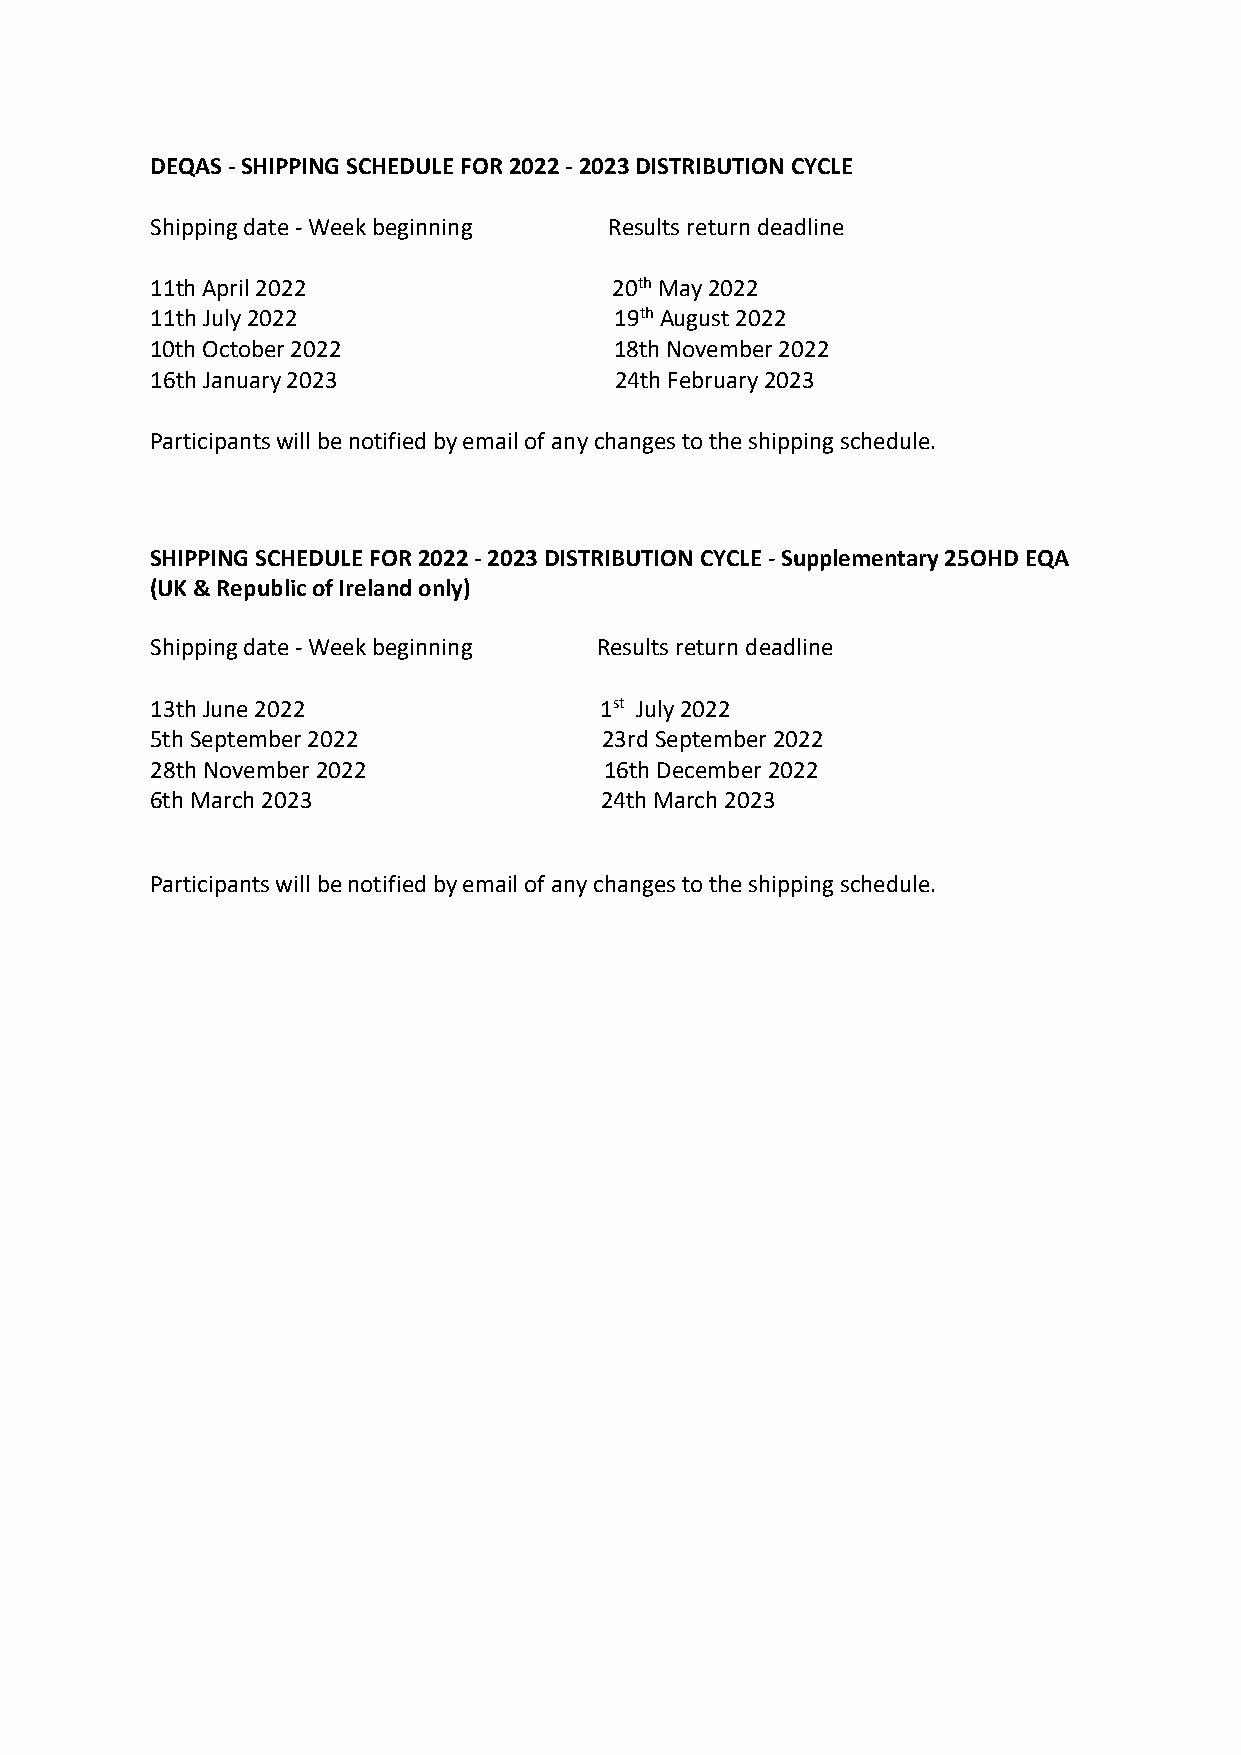
DEQAS - SHIPPING SCHEDULE FOR 2022 - 2023 DISTRIBUTION CYCLE
 Shipping date - Week beginning Results return deadline
 11th April 2022                20th May 2022
 11th July 2022                 19th August 2022
 10th October 2022              18th November 2022
 16th January 2023              24th February 2023
 Participants will be notified by email of any changes to the shipping schedule.
 SHIPPING SCHEDULE FOR 2022 - 2023 DISTRIBUTION CYCLE - Supplementary 25OHD EQA
 (UK & Republic of Ireland only)
 Shipping date - Week beginning Results return deadline
 13th June 2022                1st July 2022
 5th September 2022            23rd September 2022
 28th November 2022            16th December 2022
 6th March 2023                24th March 2023
 Participants will be notified by email of any changes to the shipping schedule.